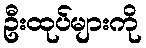
ဦးထုပ်များကို